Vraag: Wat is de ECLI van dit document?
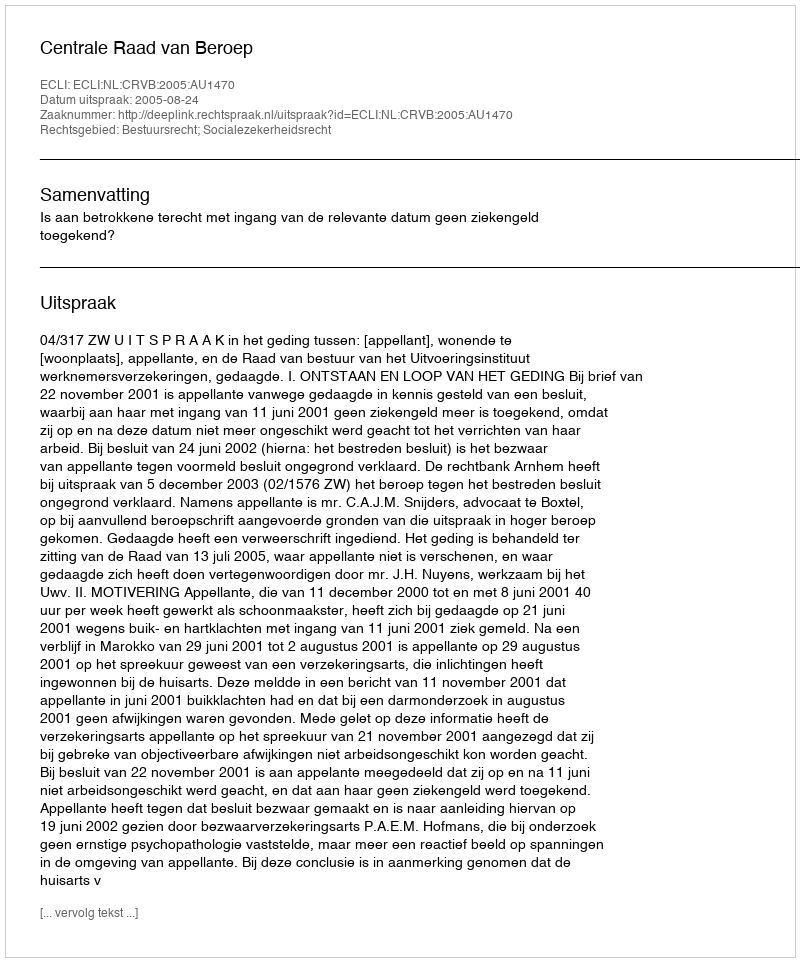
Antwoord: ECLI:NL:CRVB:2005:AU1470